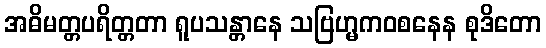
အဓိမတ္တပရိတ္တတာ ရူပသန္တာနေ သဗြဟ္မကဝစနေန စုဒိတော